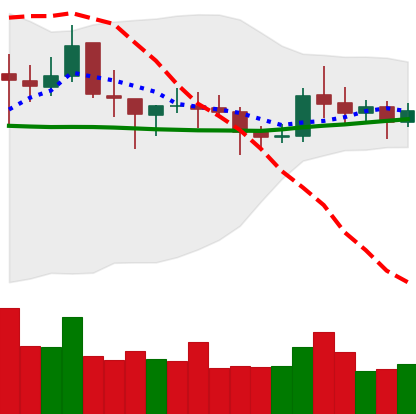
Ticker: NEO-USD
Chart end date: 2021-10-25
Forward return: -4.656%
Label: down_3_5